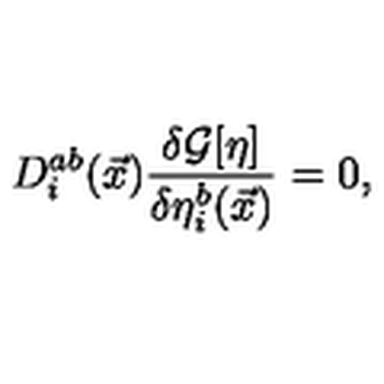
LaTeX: D _ { i } ^ { a b } ( \vec { x } ) \frac { \delta { \cal G } [ \eta ] } { \delta \eta _ { i } ^ { b } ( \vec { x } ) } = 0 ,